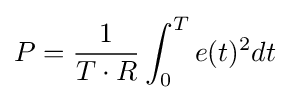
P={\frac {1}{T\cdot R}}\int _{0}^{T}e(t)^{2}dt\,\!